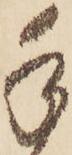
手